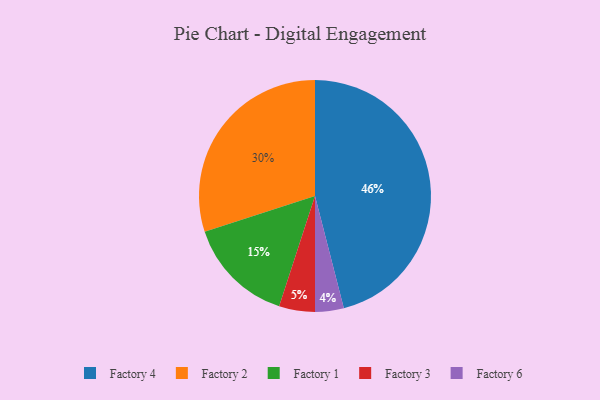
{"axis": {"x": "Category", "y": "Percentage"}, "legend": ["Factory 1", "Factory 2", "Factory 3", "Factory 4", "Factory 6"], "data": [{"x": "Factory 4", "y": 46, "type": "Factory 4"}, {"x": "Factory 2", "y": 30, "type": "Factory 2"}, {"x": "Factory 6", "y": 4, "type": "Factory 6"}, {"x": "Factory 1", "y": 15, "type": "Factory 1"}, {"x": "Factory 3", "y": 5, "type": "Factory 3"}]}